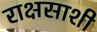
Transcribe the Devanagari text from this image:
राक्षसाशी